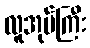
လူအုပ်ကြီး